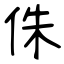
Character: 侏